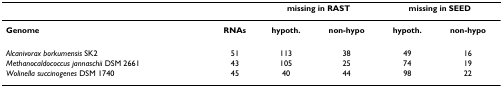
<table><thead><tr><td></td><td></td><td colspan="2"><b>missing in RAST</b></td><td colspan="2"><b>missing in SEED</b></td></tr></thead><tbody><tr><td><b>Genome</b></td><td><b>RNAs</b></td><td><b>hypoth.</b></td><td><b>non-hypo</b></td><td><b>hypoth.</b></td><td><b>non-hypo</b></td></tr><tr><td><i>Alcanivorax borkumensis </i>SK2</td><td>51</td><td>113</td><td>38</td><td>49</td><td>16</td></tr><tr><td><i>Methanocaldococcus jannaschii </i>DSM 2661</td><td>43</td><td>105</td><td>25</td><td>74</td><td>19</td></tr><tr><td><i>Wolinella succinogenes </i>DSM 1740</td><td>45</td><td>40</td><td>44</td><td>98</td><td>22</td></tr></tbody></table>